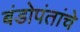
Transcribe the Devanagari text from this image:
बंडोपंतांचे